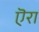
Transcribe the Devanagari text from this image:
ऎरा